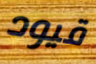
قيود